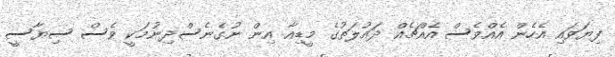
ފިޔަވައި އެހެން އެއްވެސް އެއްޗެއް ދައުލަތުގެ މީޑިއާ އިން ނުގެނެސްދިނުމަކީ ވެސް ސިޔާސީ